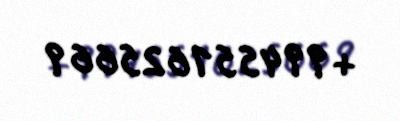
+994551625669